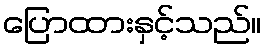
ပြောထားနှင့်သည်။